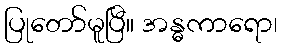
ပြုတော်မူပြီ။ အန္ဓကာရော၊